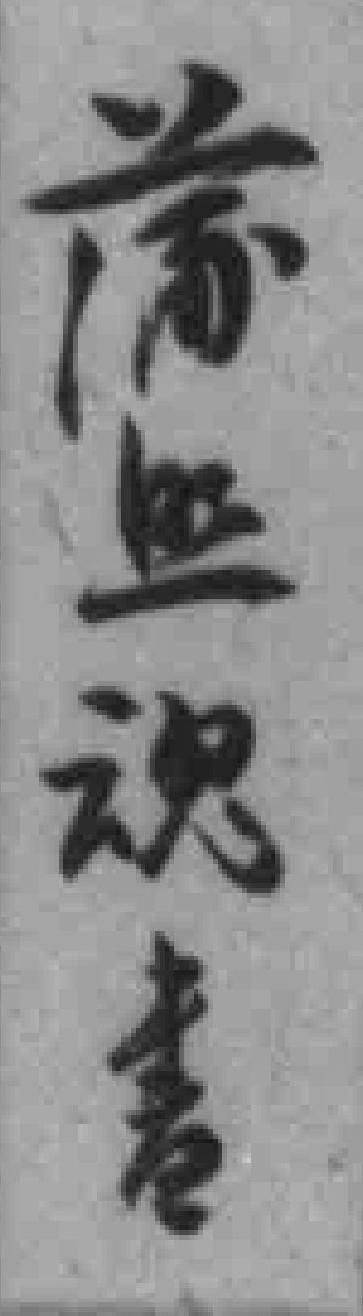
蒲照魂書